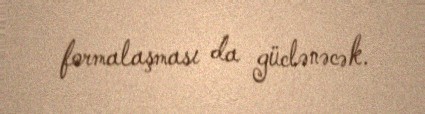
formalaşması da güclənəcək.